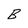
Character: B